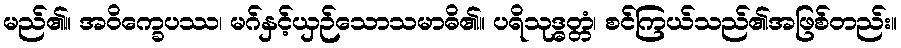
မည်၏။ အဝိက္ခေပဿ၊ မဂ်နှင့်ယှဉ်သောသမာဓိ၏။ ပရိသုဒ္ဓတ္တံ၊ စင်ကြယ်သည်၏အဖြစ်တည်း။